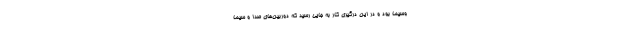
وسیما بود و در این درگیری کار به جایی رسید که دوربین‌های صدا و سیما